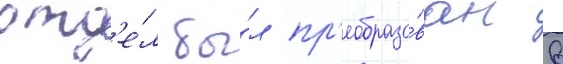
отд'е́л бы́л пр'еобразо́ван в